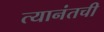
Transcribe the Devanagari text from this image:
त्यानंतची